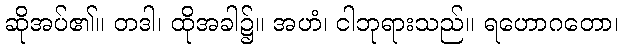
ဆိုအပ်၏။ တဒါ၊ ထိုအခါ၌။ အဟံ၊ ငါဘုရားသည်။ ရဟောဂတော၊